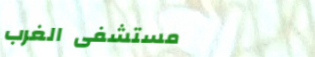
مستشفى الغرب